Annual report of the Civil Veterinary Department, Bengal, for the year 1896-97 - 1896-1897
Year: 1896
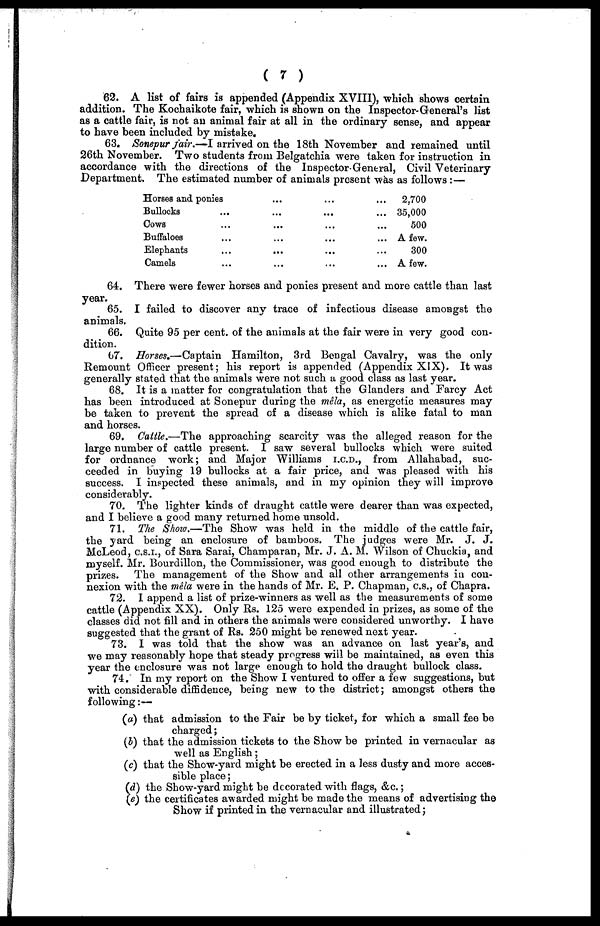
(7)
62. A list of fairs is appended (Appendix XVIII), which shows certain
addition. The Kochaikote fair, which is shown on the Inspector-General's list
as a cattle fair, is not an animal fair at all in the ordinary sense, and appear
to have been included by mistake.
63. Sonepur jair.—I arrived on the 18th November and remained until
26th November. Two students from Belgatchia were taken for instruction in
accordance with the directions of the Inspector-General, Civil Veterinary
Department. The estimated number of animals present was as follows:—
Horses and ponies
Bullocks...
Cows...
Buffaloes...
Elephants...
Camels...
...
...
...
...
...
...
...
...
...
...
...
...
...
...
...
...
...
...
2,700
35,000
500
A few.
300
A few.
64. There were fewer horses and ponies present and more cattle than last
year.
65. I failed to discover any trace of infectious disease amongst the
animals.
66. Quite 95 per cent. of the animals at the fair were in very good con-
dition.
67. Horses.—Captain Hamilton, 3rd Bengal Cavalry, was the only
Remount Officer present; his report is appended (Appendix XIX). It was
generally stated that the animals were not such a good class as last year.
68. It is a matter for congratulation that the Glanders and Farcy Act
has been introduced at Sonepur during the mêla, as energetic measures may
be taken to prevent the spread of a disease which is alike fatal to man
and horses.
69. Cattle.—The approaching scarcity was the alleged reason for the
large number of cattle present. I saw several bullocks which were suited
for ordnance work; and Major Williams I.C.D., from Allahabad, suc-
ceeded in buying 19 bullocks at a fair price, and was pleased with his
success. I inspected these animals, and in my opinion they will improve
considerably.
70. The lighter kinds of draught cattle were dearer than was expected,
and I believe a good many returned home unsold.
71. The Show.—The Show was held in the middle of the cattle fair,
the yard being an enclosure of bamboos. The judges were Mr. J. J.
McLeod, C.S.I., of Sara Sarai, Champaran, Mr. J. A. M. Wilson of Chuckia, and
myself. Mr. Bourdillon, the Commissioner, was good enough to distribute the
prizes. The management of the Show and all other arrangements in con-
nexion with the mêla were in the hands of Mr. E. P. Chapman, C.S., of Chapra.
72. I append a list of prize-winners as well as the measurements of some
cattle (Appendix XX). Only Rs. 125 were expended in prizes, as some of the
classes did not fill and in others the animals were considered unworthy. I have
suggested that the grant of Rs. 250 might be renewed next year.
73. I was told that the show was an advance on last year's, and
we may reasonably hope that steady progress will be maintained, as even this
year the enclosure was not large enough to hold the draught bullock class.
74. In my report on the Show I ventured to offer a few suggestions, but
with considerable diffidence, being new to the district; amongst others the
following:—
(a) that admission to the Fair be by ticket, for which a small fee be
charged;
(5) that the admission tickets to the Show be printed in vernacular as
well as English;
(c) that the Show-yard might be erected in a less dusty and more acces-
sible place;
(d) the Show-yard might be decorated with flags, &c.;
(e) the certificates awarded might be made the means of advertising the
Show if printed in the vernacular and illustrated;